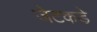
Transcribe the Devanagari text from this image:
जेटकडे